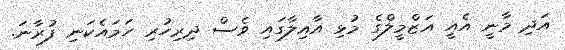
އަދި މާނީ އެއީ އަޒްމީލްގެ މުޅި އާއިލާގައި ވެސް ދިރިހުރި ހަމައެކަނި ފުރާނަ.